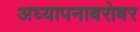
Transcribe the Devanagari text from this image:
अध्यापनाबरोबर